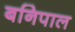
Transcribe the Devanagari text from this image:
बनिपाल